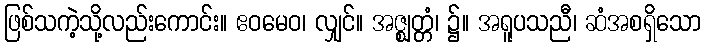
ဖြစ်သကဲ့သို့လည်းကောင်း။ ဧဝမေဝ၊ လျှင်။ အဇ္ဈတ္တံ၊ ၌။ အရူပသညီ၊ ဆံအစရှိသော